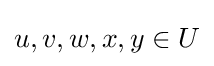
u,v,w,x,y\in U